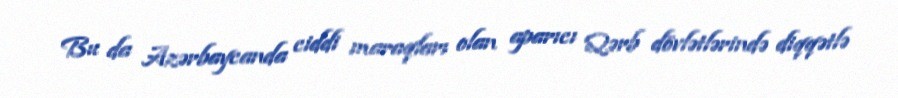
Bu da Azərbaycanda ciddi maraqları olan aparıcı Qərb dövlətlərində diqqətlə